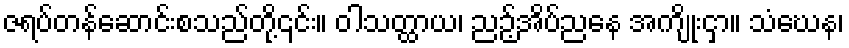
ဇရပ်တန်ဆောင်းစသည်တို့၎င်း။ ဝါသတ္ထာယ၊ ညဉ့်အိပ်ညနေ အကျိုးငှာ။ သံဃေန၊